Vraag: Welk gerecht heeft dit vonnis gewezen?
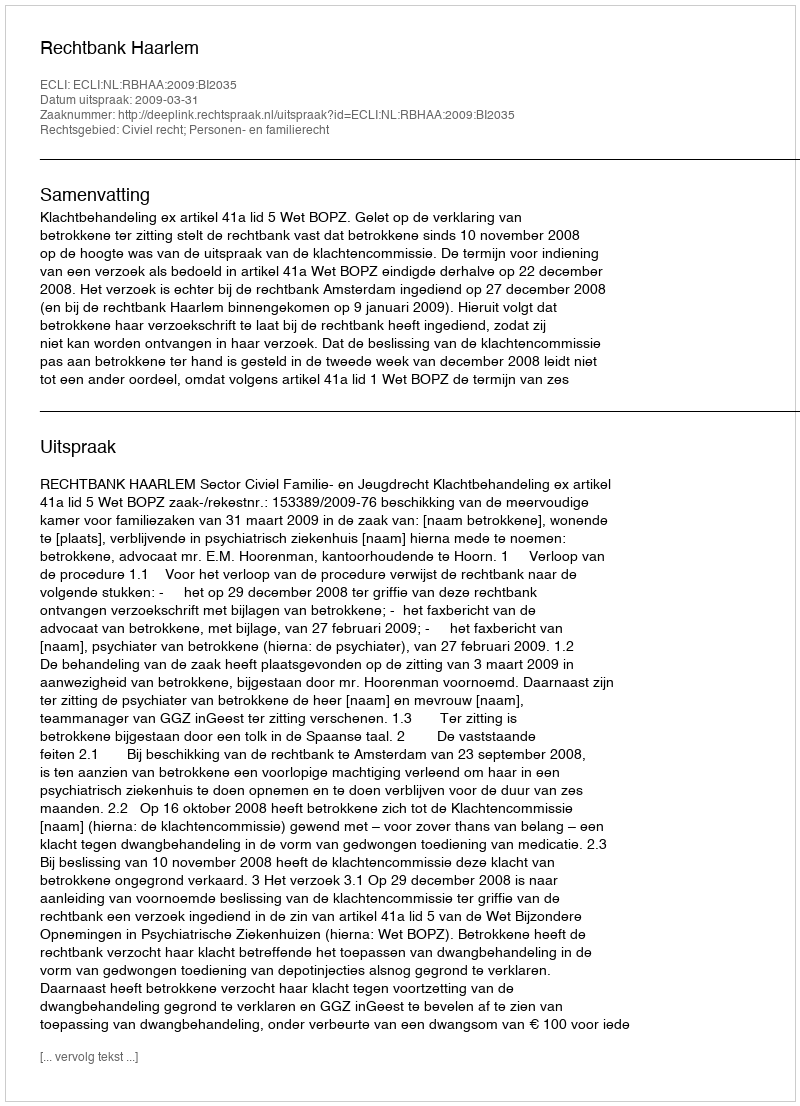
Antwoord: Rechtbank Haarlem